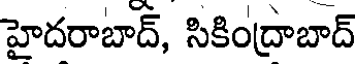
హైదరాబాద్, సికింద్రాబాద్